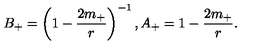
B _ { + } = \left( 1 - \frac { 2 m _ { + } } { r } \right) ^ { - 1 } , A _ { + } = 1 - \frac { 2 m _ { + } } { r } .